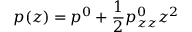
p ( z ) = p ^ { 0 } + \frac { 1 } 2 p _ { z z } ^ { 0 } z ^ { 2 }